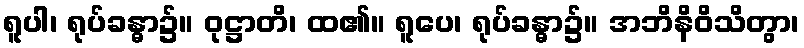
ရူပါ၊ ရုပ်ခန္ဓာ၌။ ဝုဋ္ဌာတိ၊ ထ၏။ ရူပေ၊ ရုပ်ခန္ဓာ၌။ အဘိနိဝိသိတွာ၊